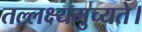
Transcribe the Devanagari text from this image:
तल्लक्ष्यमुच्यते।